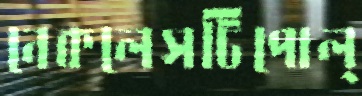
নেকলেসটিপোল্